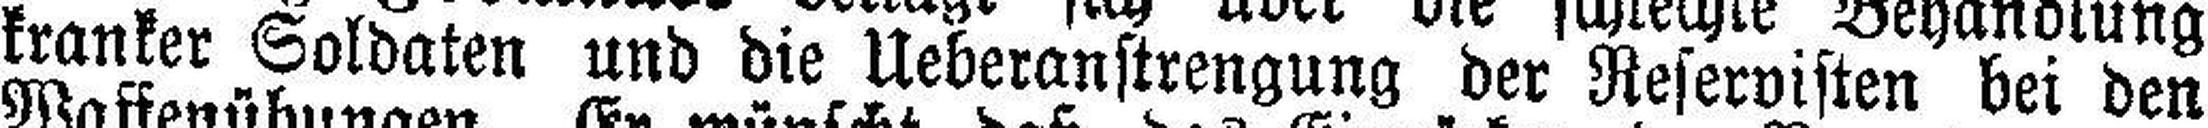
kranker Soldaten und die Ueberanstrengung der Reservisten bei den